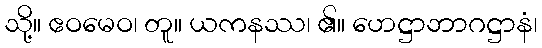
သို့။ ဧဝမေဝ၊ တူ။ ယကနဿ၊ ၏။ ဟေဋ္ဌာဘာဂဋ္ဌာနံ၊